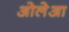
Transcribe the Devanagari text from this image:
ओलेआ